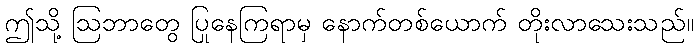
ဤသို့ ဩဘာတွေ ပြုနေကြရာမှ နောက်တစ်ယောက် တိုးလာသေးသည်။